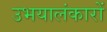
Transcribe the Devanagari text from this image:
उभयालंकारों